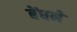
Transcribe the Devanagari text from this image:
बेंधने